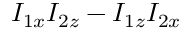
I _ { 1 x } I _ { 2 z } - I _ { 1 z } I _ { 2 x }